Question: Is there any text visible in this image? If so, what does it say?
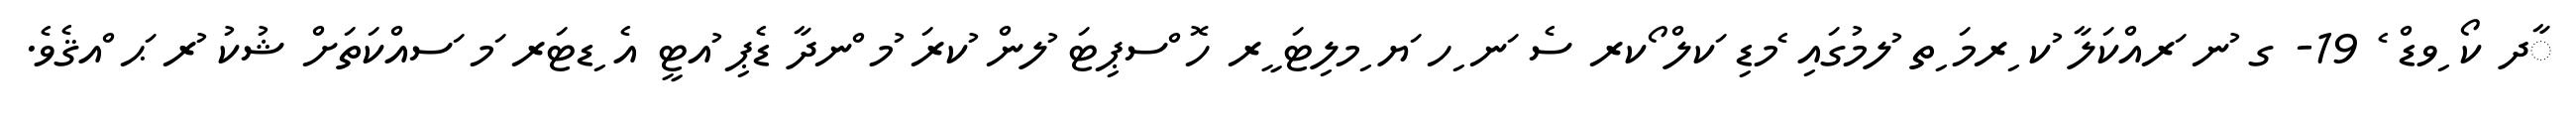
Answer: ާދ ކޯ ިވޑް ެ 19- ގ ުނ ަރއްކަލާ ުކ ިރމަ ިތ ުލމުގައި ެމޑި ަކލް ޯކރ ސެ ަނ ިހ ަޔ ިމލިޓަ ީރ ހޮ ްސޕިޓަ ުލން ުކރަ ުމ ްނދާ ޑެޕި ުއޓީ އެ ިޑޓަރ ަމ ަސއްކަތަށް ޝުކު ުރ ަޙ ްއޤެވެ.